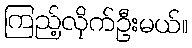
ကြည့်လိုက်ဦးမယ်။